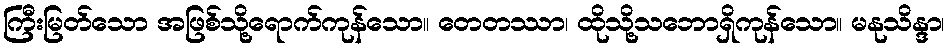
ကြီးမြတ်သော အဖြစ်သို့ရောက်ကုန်သော။ တေတဿာ၊ ထိုသို့သဘောရှိကုန်သော။ မနုသိန္ဒာ၊